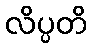
လိပ္ပတိ